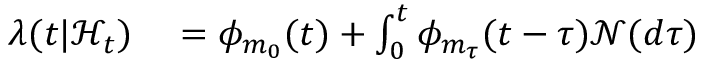
\begin{array} { r l } { \lambda ( t | \mathcal { H } _ { t } ) } & { { } = \phi _ { m _ { 0 } } ( t ) + \int _ { 0 } ^ { t } \phi _ { m _ { \tau } } ( t - \tau ) \mathcal { N } ( d \tau ) } \end{array}